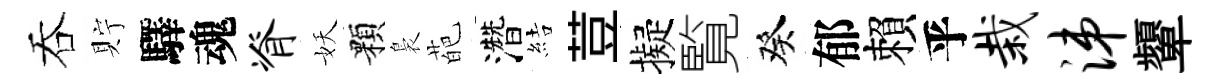
吞貯驛魂脊妖顆裊葩濳結荳擬覧癸郁賴乎栽涕顰